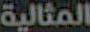
المثالية